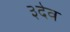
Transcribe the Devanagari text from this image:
३देव